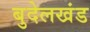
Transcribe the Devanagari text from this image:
बुदेलखंड